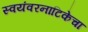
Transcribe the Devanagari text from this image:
स्वयंवरनाटिकेचा